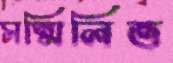
সম্মিলিত